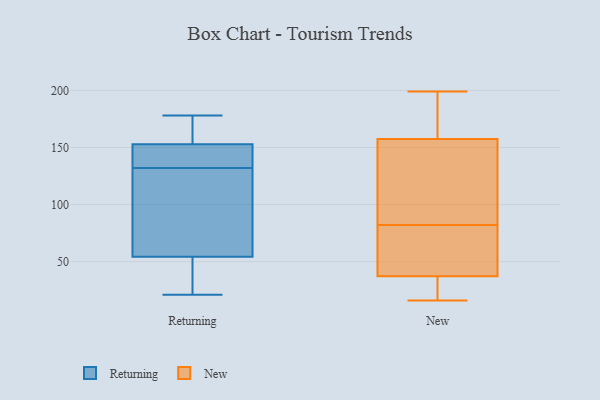
{"axis": {"x": "Production Output", "y": "Value"}, "legend": ["New", "Returning"], "data": [{"x": "", "y": 178, "type": "Returning"}, {"x": "", "y": 149, "type": "Returning"}, {"x": "", "y": 52, "type": "Returning"}, {"x": "", "y": 61, "type": "Returning"}, {"x": "", "y": 134, "type": "Returning"}, {"x": "", "y": 176, "type": "Returning"}, {"x": "", "y": 43, "type": "Returning"}, {"x": "", "y": 154, "type": "Returning"}, {"x": "", "y": 132, "type": "Returning"}, {"x": "", "y": 21, "type": "Returning"}, {"x": "", "y": 111, "type": "Returning"}, {"x": "", "y": 70, "type": "New"}, {"x": "", "y": 23, "type": "New"}, {"x": "", "y": 17, "type": "New"}, {"x": "", "y": 140, "type": "New"}, {"x": "", "y": 183, "type": "New"}, {"x": "", "y": 16, "type": "New"}, {"x": "", "y": 29, "type": "New"}, {"x": "", "y": 43, "type": "New"}, {"x": "", "y": 82, "type": "New"}, {"x": "", "y": 149, "type": "New"}, {"x": "", "y": 152, "type": "New"}, {"x": "", "y": 54, "type": "New"}, {"x": "", "y": 194, "type": "New"}, {"x": "", "y": 199, "type": "New"}, {"x": "", "y": 40, "type": "New"}, {"x": "", "y": 103, "type": "New"}, {"x": "", "y": 174, "type": "New"}]}